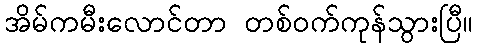
အိမ်ကမီးလောင်တာ တစ်ဝက်ကုန်သွားပြီ။